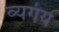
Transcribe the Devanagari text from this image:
व्यगंय